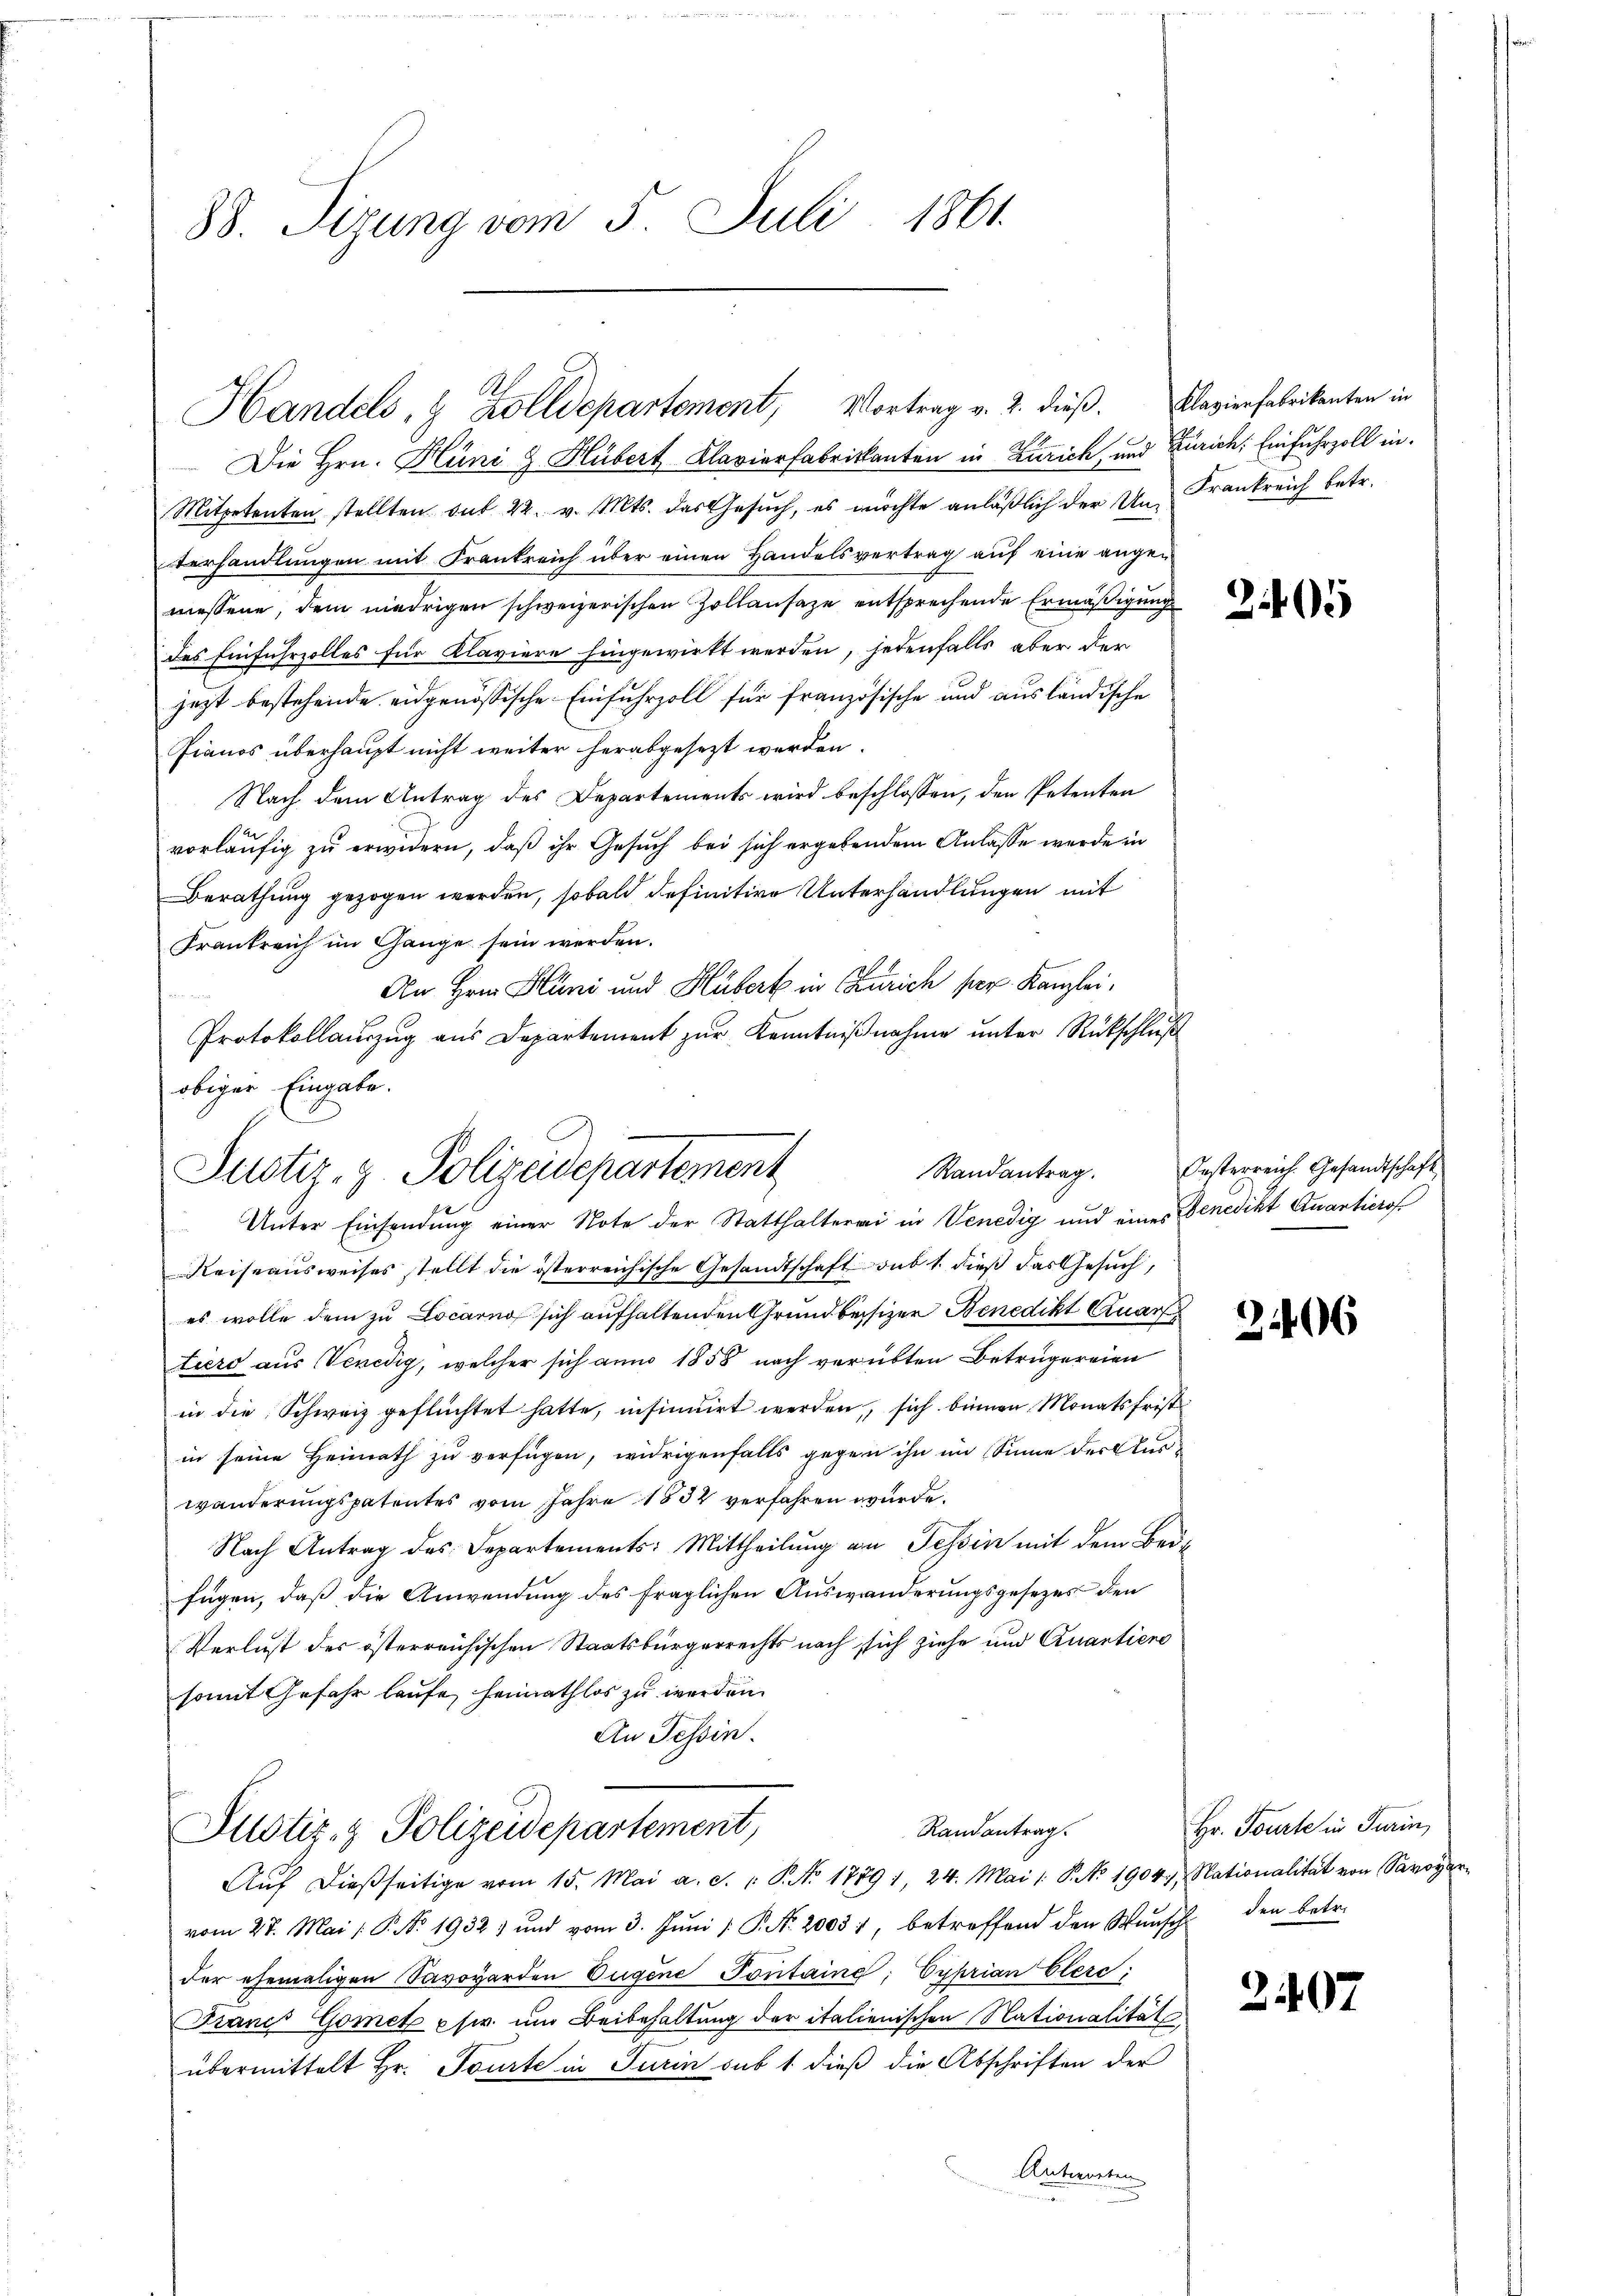
88. Sizung vom 5. Juli 1861.

A
Handels, & Zolldepartement, Vortrag v. 2. dieβ. Klavierfabrikanten in

Die Hrn. Hüni d. Hubert Klavierfabrikanten in Zürich, und Zürich: Einfuhrzoll in
Mitpetenten stellten ont 22. v. Mts. das Gesŭch, es möchte anläβlich der Un Frankreich betr.
verhandlungen mit Frankreich über einen Handelsvertrag auf eine angen
messene, dem niedrigen schweizerischen Zollansaze entsprechende Ermäßigung
des Einfuhrzolles für Klaviere hingewirkt werden, jedenfalls aber der
jezt bestehende eidgenössische Einfuhrzoll für französische und ausländische
Pianos überhaupt nicht weiter herabgesezt werden.
Nach dem Antrag des Departements wird beschlossen, den Petenten
vorläufig zu erwidern, daß ihr Gesuch bei sich ergebendem Anlasse werde in
Berathung gezogen werden, sobald definitive Unterhandlungen mit
Frankreich im Gange sein werden.
An Hrnn Hüni und Huberk in Zürich per. Kanzlei,
Protokollaŭszŭg aŭs Departement zŭr Kenntniβnahme ŭnter Rückschlŭβ
obiger Eingabe.

e
Randantrag.
Justiz- & Polizeidepartement

Randantrag.
Justiz- & Polizeidepartement,

Unter Einsendung einer Note der Statthalterei in Venedig und eines Benedikt Quanticrof
Reiseausweises stellt die österreichische Gesandtschaft sub 1. dieß das Gesuch,
es wolle dem zu Locarno sich aufhaltenden Grundbesizer Benedikt Quar
tiero aus Venedig, welcher sich anno 1858 nach verübten Betrügereien
in die Schweiz geflüchtet hatte, insinuirt werden, sich binnen Monatsfrist
in seine Heimath zu verfügen, widrigenfalls gegen ihn im Sinne der Auswanderungspatentes vom Jahre 1832 verfahren wurde.
Nach Antrag des Departements: Mittheilung an Tessin mit dem Bede
fügen, daß die Anwendung des fraglichen Auswanderungsgesezes den
Verlust der österreichischen Staatsbürgerrechts nach sich ziehe und Quantiene
somit Gefahr laufe, heimathlos zu werden.
An Tessin.

Aŭf dießseitige vom 15. Mai a. d. 1. P. Nr. 1889 1, 24. Mai 1: P. No 1904. Nationalität von Savoyer-
vom 27. Mai / P. Nr. 1932 und vom 3. Jŭni  P. Nr. 20057, betreffend den Wunsch den betr.
der ehemaligen Savoyerden Eugene Pontaine: Cyprian Clerc
Franc Gomet pfer um Beibehaltung der italienischen Nationalität
übermittelt Hr. Tourte in Turin sub 1. dieß die Abschriften der
Antworten

25

Oesterreich. Gesandtschaft

6

Hr. Feuerte in Turin,

2.107